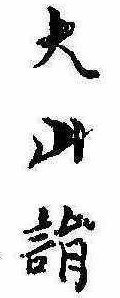
大山詣